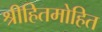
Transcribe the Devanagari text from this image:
श्रीहितमोहित